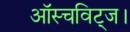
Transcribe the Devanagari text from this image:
ऑस्चविट्ज।